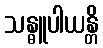
သန္ဓူပါယန္တိ